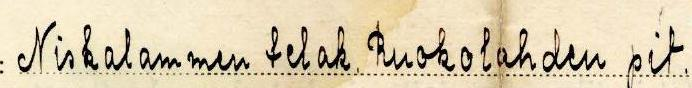
Niskalammen telak. Ruokolahden pit.